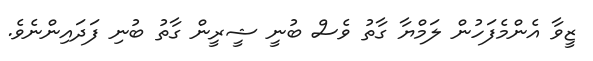
ޒީވާ އެންމެފަހުން ލަމްޔާ ގާތު ވެސް ބުނީ ޝީރީން ގާތު ބުނި ފަދައިންނެވެ.